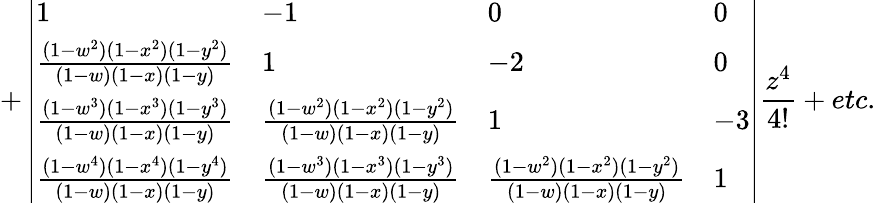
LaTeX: +\left|\begin{array}{llll}{1}&{-1}&{0}&{0}\\ {\frac{(1-w^{2})(1-x^{2})(1-y^{2})}{(1-w)(1-x)(1-y)}}&{1}&{-2}&{0}\\ {\frac{(1-w^{3})(1-x^{3})(1-y^{3})}{(1-w)(1-x)(1-y)}}&{\frac{(1-w^{2})(1-x^{2})(1-y^{2})}{(1-w)(1-x)(1-y)}}&{1}&{-3}\\ {\frac{(1-w^{4})(1-x^{4})(1-y^{4})}{(1-w)(1-x)(1-y)}}&{\frac{(1-w^{3})(1-x^{3})(1-y^{3})}{(1-w)(1-x)(1-y)}}&{\frac{(1-w^{2})(1-x^{2})(1-y^{2})}{(1-w)(1-x)(1-y)}}&{1}\end{array}\right|\frac{z^{4}}{4!}+etc.